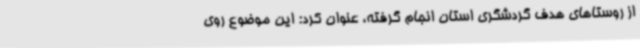
از روستاهای هدف گردشگری استان انجام گرفته، عنوان کرد: این موضوع روی